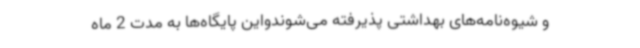
و شیوه‌نامه‌های بهداشتی پذیرفته می‌شوندواین پایگاه‌ها به مدت 2 ماه